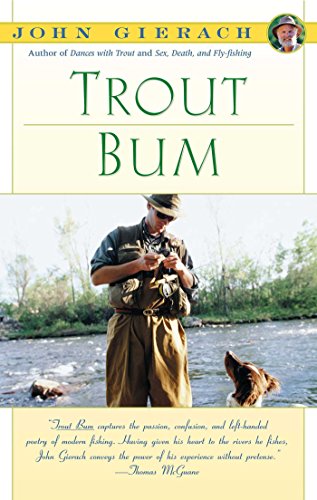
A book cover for Trout Bum; John Gierach; Sports & Outdoors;